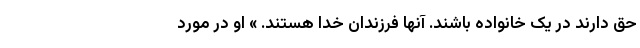
حق دارند در یک خانواده باشند. آنها فرزندان خدا هستند. » او در مورد